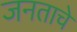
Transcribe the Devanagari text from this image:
जनताचे